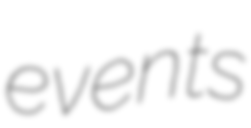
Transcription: events